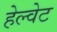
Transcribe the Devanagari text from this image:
हेल्वेट